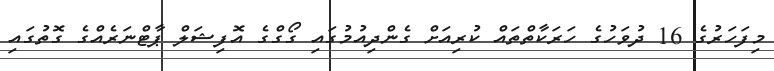
މިފަހަރުގެ 16 ދުވަހުގެ ހަރަކާތްތައް ކުރިއަށް ގެންދިއުމުގައި ގޯގްގެ އޮފިޝަލް ޕާޓްނަރެއްގެ ގޮތުގައި